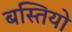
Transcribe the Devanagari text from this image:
बस्‍तियो